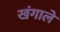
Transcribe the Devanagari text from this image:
खंगाले